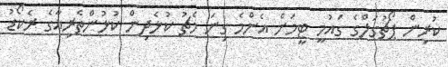
ކުރިން ޕޯޗުގަލްގެ ގައުމީ ޓީމަށް އެންމެ ގިނަ މެޗު ކުޅެދިން ކުޅުންތެރިއާގެ ރެކޯޑު